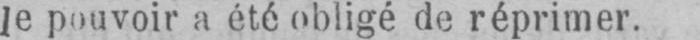
Je pouvoir a été obligé de réprimer.